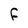
Character: F